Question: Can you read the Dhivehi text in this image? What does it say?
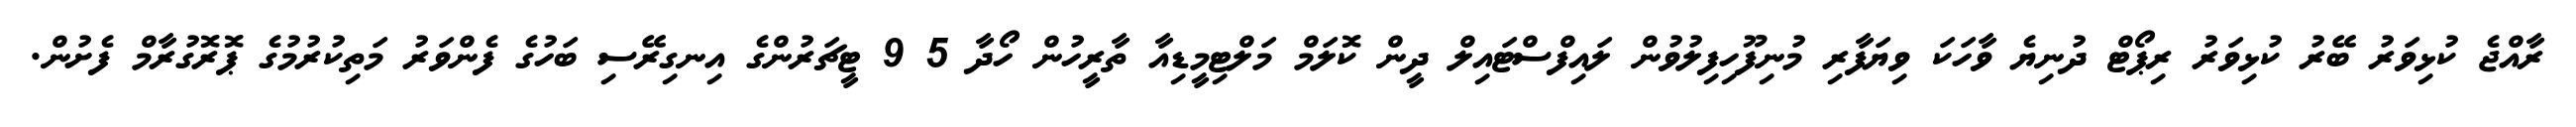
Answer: ރާއްޖެ ކުޅިވަރު ބޭރު ކުޅިވަރު ރިޕޯޓް ދުނިޔެ ވާހަކަ ވިޔަފާރި މުނިފޫހިފިލުވުން ލައިފްސްޓައިލް ދީން ކޮލަމް މަލްޓިމީޑިއާ ތާރީހުން ހޯދާ 5 9 ޓީޗަރުންގެ އިނގިރޭސި ބަހުގެ ފެންވަރު މަތިކުރުމުގެ ޕޮރޮގުރާމް ފެށުން.